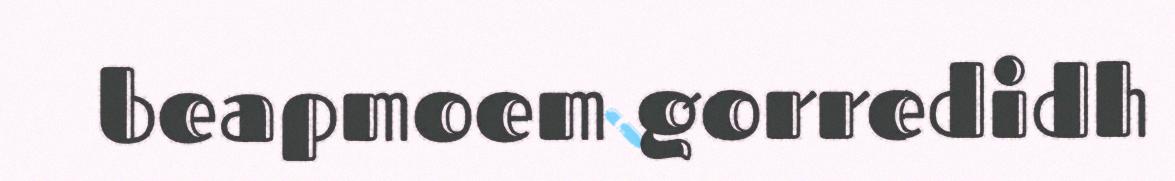
beapmoem gorredidh